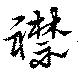
襟